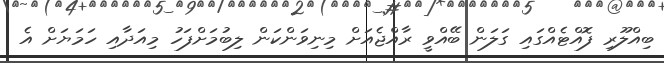
ބިއްލޫރި ފޮއްޓެއްގައި ގަލަން ބޭއްވީ ރާއްޖެއަށް މިނިވަންކަން ލިބުމަށްފަހު މިއަދާއި ހަމަޔަށް އެ